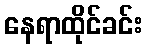
နေရာထိုင်ခင်း